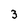
Character: 3